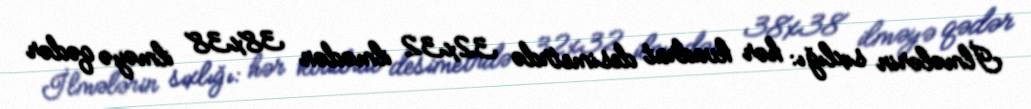
İlmələrin sıxlığı: hər kvadrat desimetrdə 32x32 ilmədən 38x38 ilməyə qədər